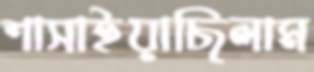
শাসাইয়াছিলাম